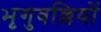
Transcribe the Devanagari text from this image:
भृगुवल्लियों